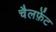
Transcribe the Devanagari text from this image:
चैलफ़ेंट